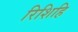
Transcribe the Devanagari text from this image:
रिशिहि